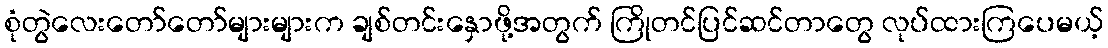
စုံတွဲလေးတော်တော်များများက ချစ်တင်းနှောဖို့အတွက် ကြိုတင်ပြင်ဆင်တာတွေ လုပ်ထားကြပေမယ့်